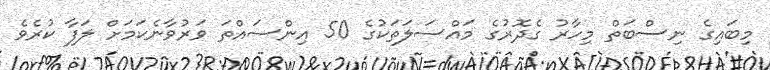
މިބައިގެ ނިސްބަތް މިހާރު ގެދޮރުގެ މައްސަލަތަކުގެ 50 އިންސައްތަ ވަރުވާނެކަމަށް ލަފާ ކުރެވެ